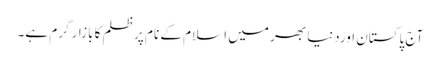
آج پاکستان اوردنیا بھر میں اسلام کے نام پر ظلم کا بازار گرم ہے۔